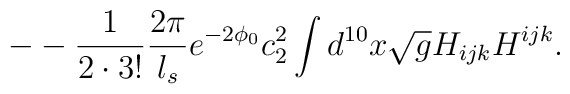
- -\frac{1}{2\cdot3!}\frac{2\pi}{l_s}e^{-2\phi_0}c_2^2                   \int d^{10}x\sqrt{g}H_{ijk}H^{ijk}.